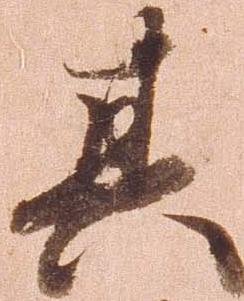
其